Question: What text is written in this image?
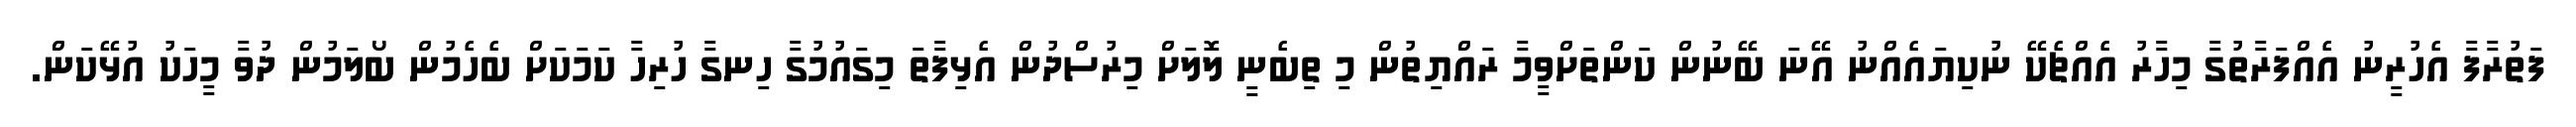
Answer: ފަތުރާފާ އެހުރީނު އެއްފަރާތުގާ މިހާރު އެއްޗެކޭ ނުކިޔައެއްނު އޭނަ ބޭނުން ކަންތަށްވީމާ ރައްޔިތުން މި ތިބެނީ ލޮލަށް މިރުސްދުން އެޅިފާތަ މިގައުމުގާ ހިނގާ ހުރިހާ ކަމަކަށް ބެހެމުން ބޯލަމުން ދުވާ މީހަކު އުޅޭކަން.